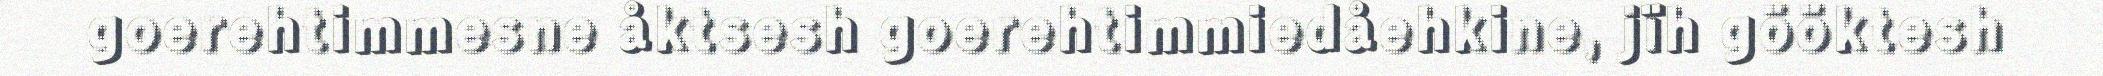
goerehtimmesne åktsesh goerehtimmiedåehkine, jïh gööktesh